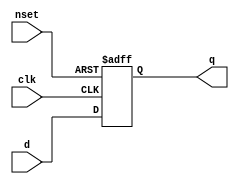
// This program was cloned from: https://github.com/aolofsson/oh
// License: MIT License

//#############################################################################
//# Function:  Positive edge-triggered static D-type flop-flop with async     #
//#            active low preset.                                             # 
//# Copyright: OH Project Authors. ALl rights Reserved.                       #
//# License:   MIT (see LICENSE file in OH repository)                        # 
//#############################################################################

module oh_dffsq #(parameter DW = 1) // array width
   (
    input [DW-1:0]     d,
    input [DW-1:0]     clk,
    input [DW-1:0]     nset,
    output reg [DW-1:0] q
    );
   
   always @ (posedge clk or negedge nset)
     if(!nset)
       q <= {DW{1'b1}};
     else
       q <= d;
      
endmodule